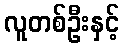
လူတစ်ဦးနှင့်